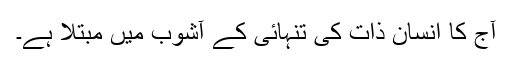
آج کا انسان ذات کی تنہائی کے آشوب میں مبتلا ہے۔